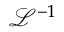
{ \mathcal L } ^ { - 1 }